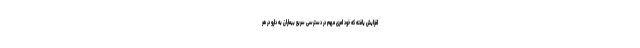
افزایش یافته که خود امری مهم در دسترسی سریع بیماران به دارو در هر